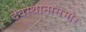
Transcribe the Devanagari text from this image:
देवस्थानासमोर